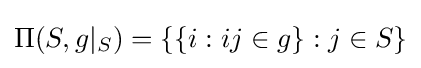
\Pi (S,g|_{S})=\{\{i:ij\in g\}:j\in S\}